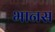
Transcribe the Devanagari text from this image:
भानस